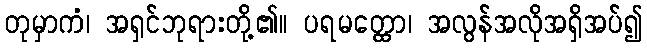
တုမှာကံ၊ အရှင်ဘုရားတို့၏။ ပရမတ္ထော၊ အလွန်အလိုအရှိအပ်၍